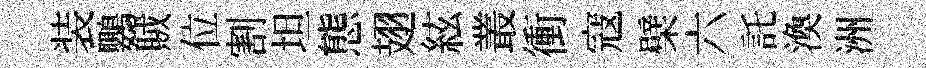
装鸚賊位割坦態翅絃叢衝寇檗六託渙洲